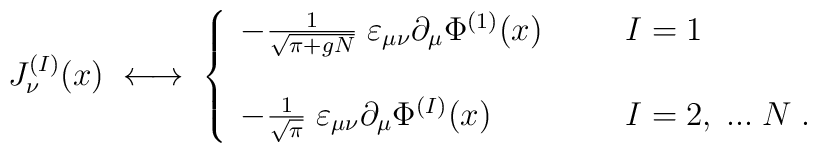
J^{(I)}_\nu(x) \; \longleftrightarrow \;\left\{ \begin{array}{ll}- \frac{1}{\sqrt{\pi + gN}} \;\varepsilon_{\mu \nu} \partial_\mu \Phi^{(1)}(x) \; \; \; \; \; \; & I = 1 \\\; & \;   \\- \frac{1}{\sqrt{\pi}} \;\varepsilon_{\mu \nu} \partial_\mu \Phi^{(I)}(x) \; \; \; \; \; \;& I = 2,\; ... \; N \; .\end{array} \right.